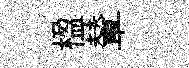
楹輦